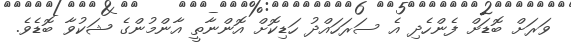
ވަރަށް ބޮޑަށް ފެންހެދި އެ ސަރަހައްދު ހަޑިކޮށް އޮންނާތީ އާންމުންގެ ޝަކުވާ ބޮޑެވެ.